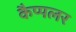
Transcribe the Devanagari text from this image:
कैप्पलर